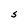
Character: S